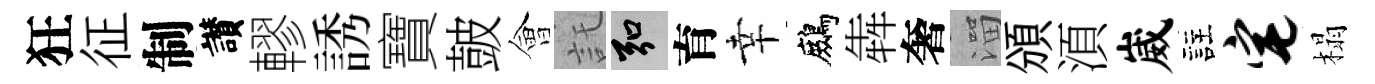
狂征制讃轇誘寶皷會託弘育幸鷓犇奢溜頒湏崴註宅榻